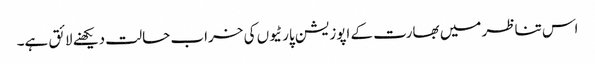
اس تناظر میں بھارت کے اپوزیشن پارٹیوں کی خراب حالت دیکھنے لائق ہے۔